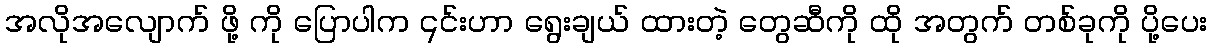
အလိုအလျောက် ဖို့ ကို ပြောပါက ၎င်းဟာ ရွေးချယ် ထားတဲ့ တွေဆီကို ထို အတွက် တစ်ခုကို ပို့ပေး